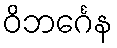
ဝိဘင်္ဂေန